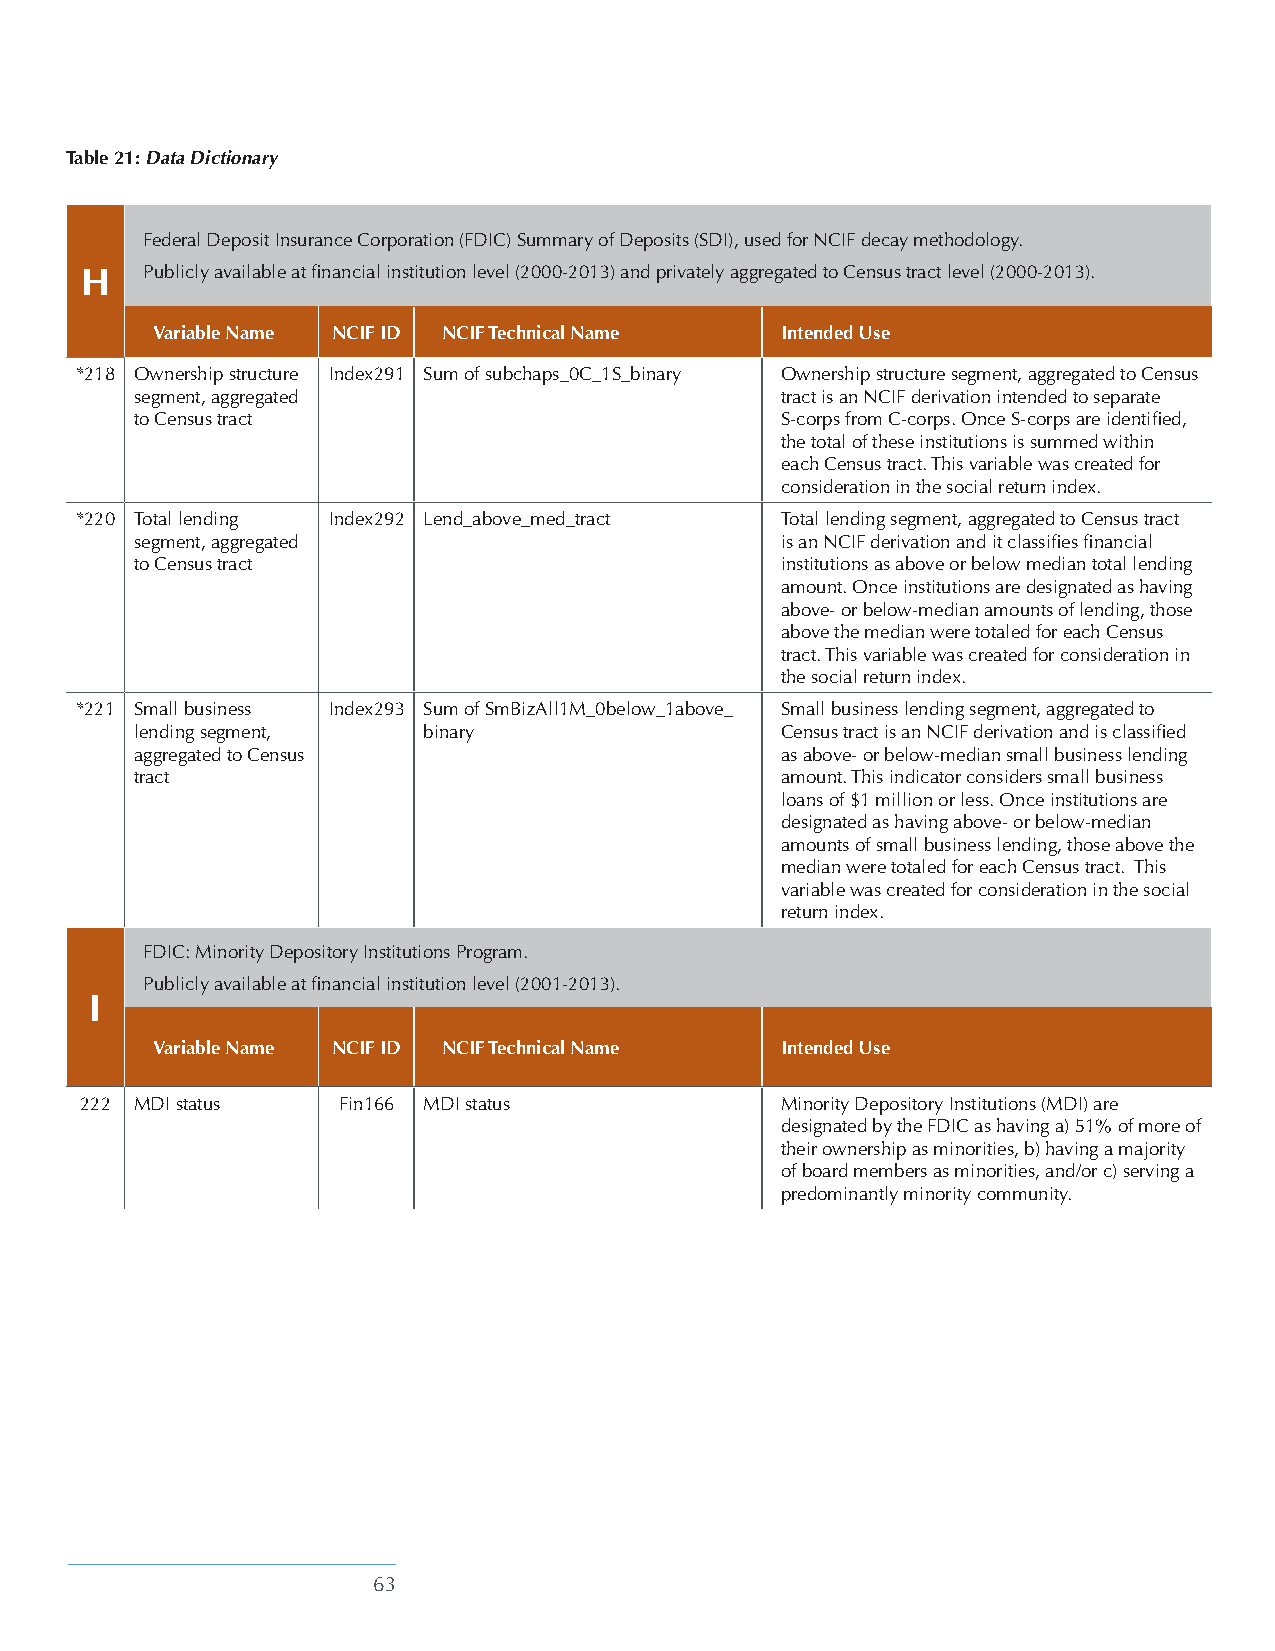
Table 21: Data Dictionary
 Federal Deposit Insurance Corporation (FDIC) Summary of Deposits (SDI), used for NCIF decay methodology.
 H   Publicly available at financial institution level (2000-2013) and privately aggregated to Census tract level (2000-2013).
 Variable Name NCIF ID NCIF Technical Name Intended Use
 *218 Ownership structure Index291 Sum of subchaps_0C_1S_binary Ownership structure segment, aggregated to Census
 segment, aggregated                        tract is an NCIF derivation intended to separate
 to Census tract                            S-corps from C-corps. Once S-corps are identified,
 the total of these institutions is summed within
 each Census tract. This variable was created for
 consideration in the social return index.
 *220 Total lending Index292 Lend_above_med_tract Total lending segment, aggregated to Census tract
 segment, aggregated                        is an NCIF derivation and it classifies financial
 to Census tract                            institutions as above or below median total lending
 amount. Once institutions are designated as having
 above- or below-median amounts of lending, those
 above the median were totaled for each Census
 tract. This variable was created for consideration in
 the social return index.
 *221 Small business Index293 Sum of SmBizAll1M_0below_1above_ Small business lending segment, aggregated to
 lending segment,   binary                  Census tract is an NCIF derivation and is classified
 aggregated to Census                       as above- or below-median small business lending
 tract                                      amount. This indicator considers small business
 loans of $1 million or less. Once institutions are
 designated as having above- or below-median
 amounts of small business lending, those above the
 median were totaled for each Census tract. This
 variable was created for consideration in the social
 return index.
 FDIC: Minority Depository Institutions Program.
 Publicly available at financial institution level (2001-2013).
 I
 Variable Name NCIF ID NCIF Technical Name Intended Use
 222 MDI status   Fin166 MDI status             Minority Depository Institutions (MDI) are
 designated by the FDIC as having a) 51% of more of
 their ownership as minorities, b) having a majority
 of board members as minorities, and/or c) serving a
 predominantly minority community.
 63